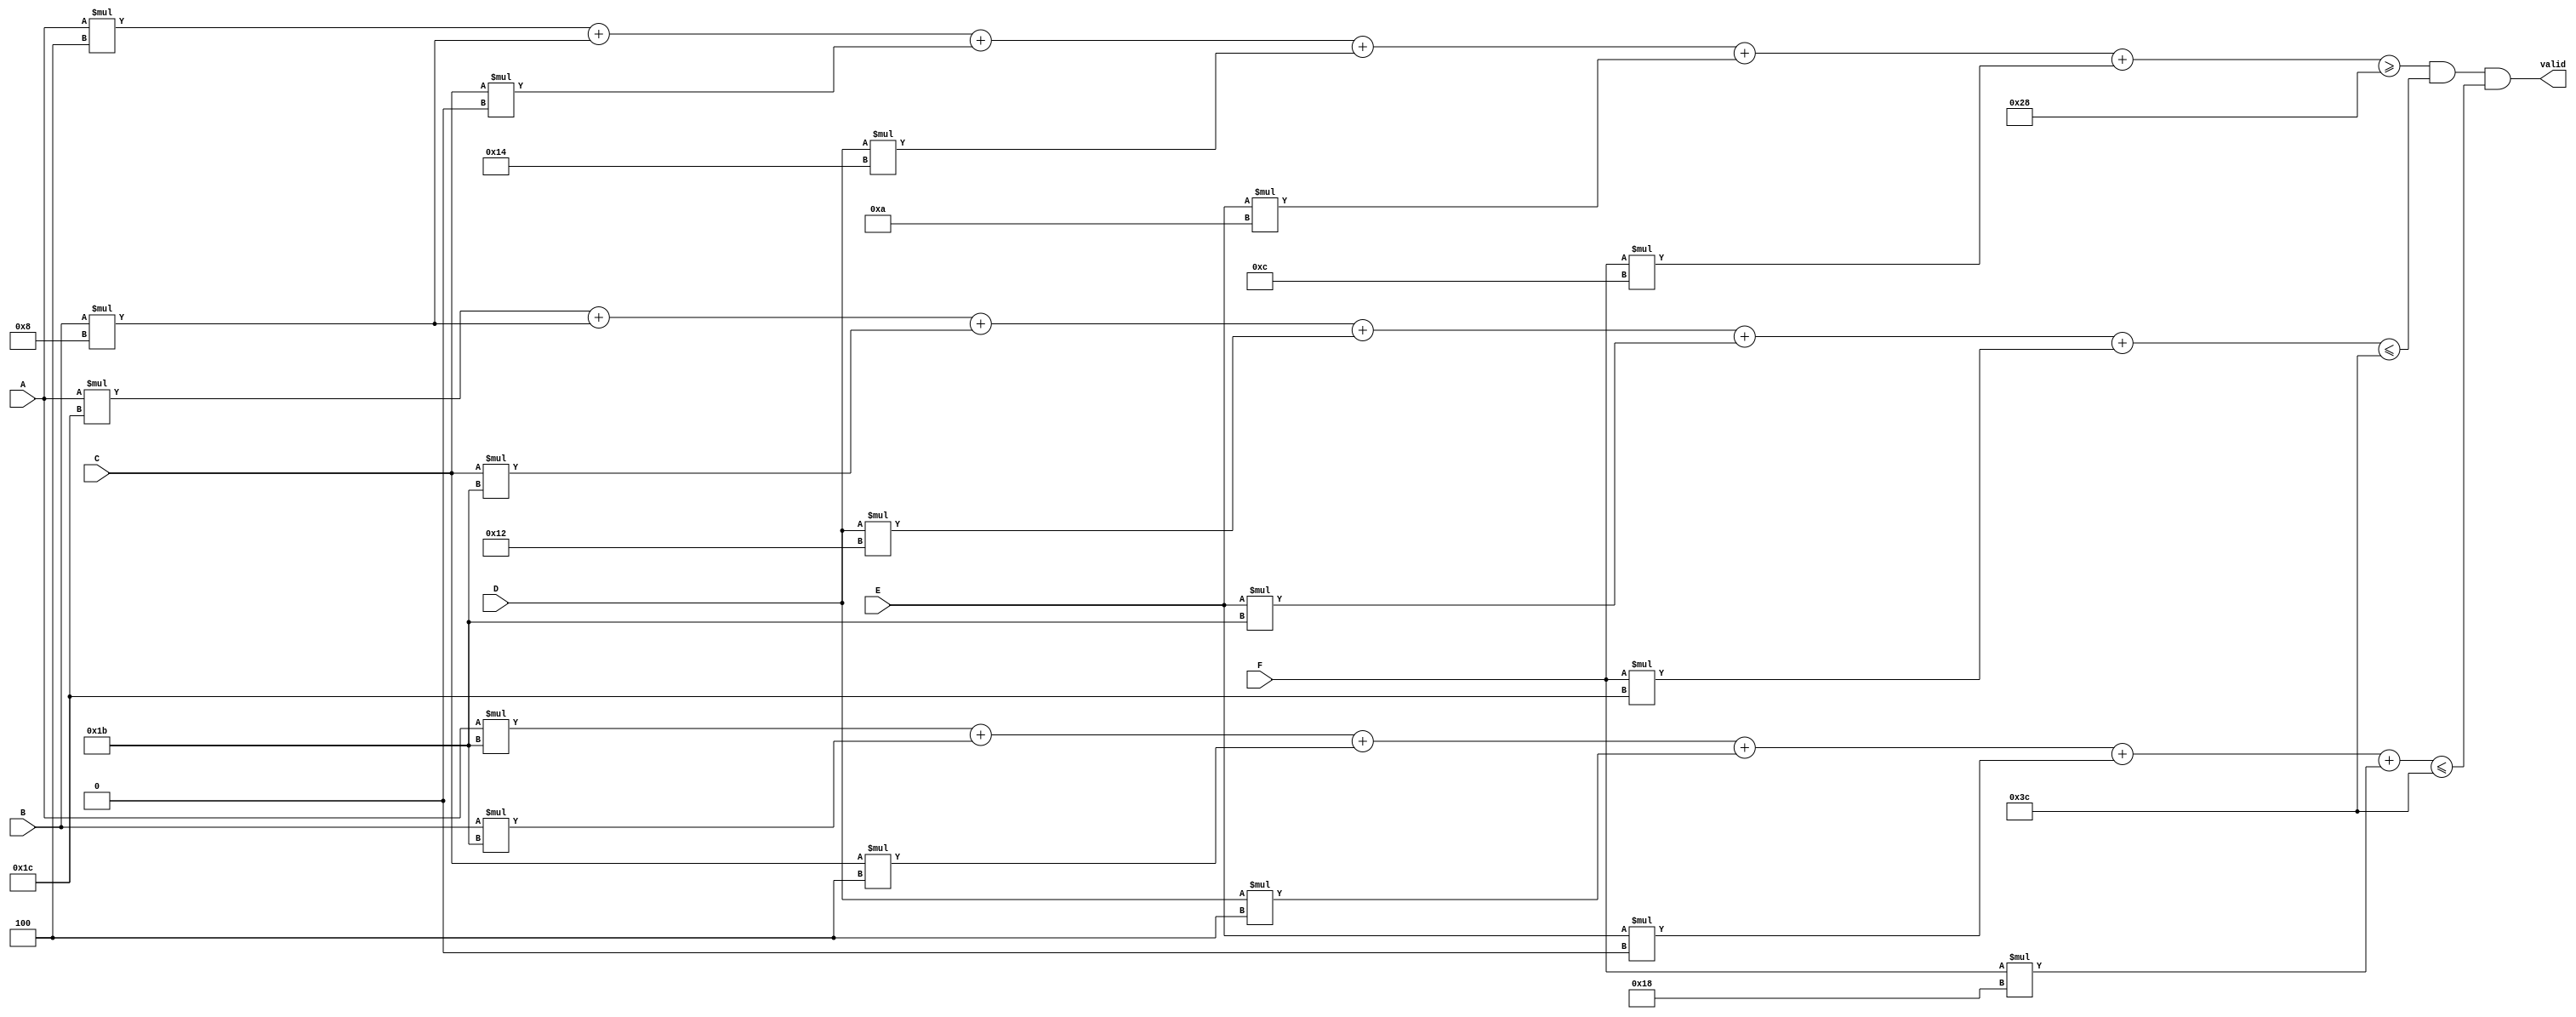

module harder2_multi (A, B, C, D, E, F, valid);
    input A, B, C, D, E, F;
    output valid;

    wire [7:0] min_value = 8'd40;
    wire [7:0] max_weight = 8'd60;
    wire [7:0] max_volume = 8'd60;
wire [7:0]  total_value = 
        A * 8'd4
      + B * 8'd8
      + C * 8'd0
      + D * 8'd20
      + E * 8'd10
      + F * 8'd12;

    wire [7:0]  total_weight = 
        A * 8'd28
      + B * 8'd8
      + C * 8'd27
      + D * 8'd18
      + E * 8'd27
      + F * 8'd28;

    wire [7:0]  total_volume = 
        A * 8'd27
      + B * 8'd27
      + C * 8'd4
      + D * 8'd4
      + E * 8'd0
      + F * 8'd24;

assign valid = ((total_value >= min_value) && (total_weight <= max_weight) && (total_volume <= max_volume));
endmodule